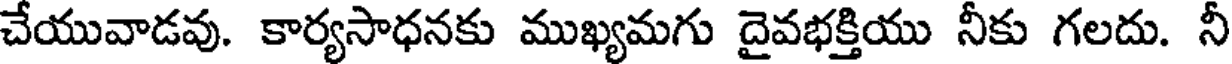
చేయువాడవు. కార్యసాధనకు ముఖ్యమగు దైవభక్తియు నీకు గలదు. నీ